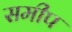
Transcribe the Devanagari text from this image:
समीप